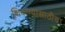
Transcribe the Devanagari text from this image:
शिकण्यासाठीचा